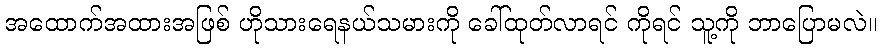
အထောက်အထားအဖြစ် ဟိုသားရေနယ်သမားကို ခေါ်ထုတ်လာရင် ကိုရင် သူ့ကို ဘာပြောမလဲ။